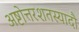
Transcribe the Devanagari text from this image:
अष्टोत्तरशतस्यादौ